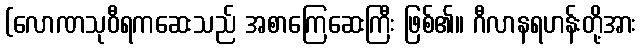
(လောဏသုဝီရကဆေးသည် အစာကြေဆေးကြီး ဖြစ်၏။ ဂီလာနရဟန်းတို့အား